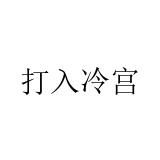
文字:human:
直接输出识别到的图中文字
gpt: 打入冷宫